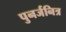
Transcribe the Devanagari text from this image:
पुनर्जनित्र